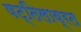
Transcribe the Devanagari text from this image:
षट्तिलाव्रत